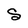
Character: S